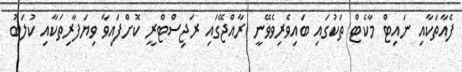
ފެއާތަކާއި ނައިޓް މާކެޓް ތަކުގައި ބައިވެރިވެވޭނީ ރާއްޖޭގައި ރަޖިސްޓްރީ ކޮށްފައިވާ ވިޔަފާރިތަކާއި ކުލަބު